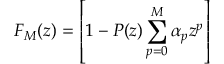
F _ { M } ( z ) = \left[ 1 - P ( z ) \sum _ { p = 0 } ^ { M } \alpha _ { p } z ^ { p } \right]